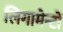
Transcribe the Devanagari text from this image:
लिगामेन्टों